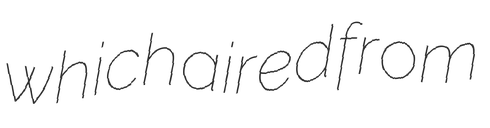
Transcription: which aired from